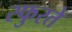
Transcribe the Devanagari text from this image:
स्फुरते